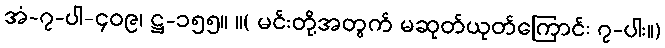
အံ-၇-ပါ-၄၀၉၊ ဋ္ဌ-၁၅၅။ ။( မင်းတို့အတွက် မဆုတ်ယုတ်ကြောင်း ၇-ပါး။)